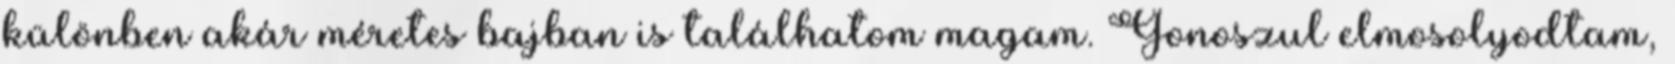
különben akár méretes bajban is találhatom magam. Gonoszul elmosolyodtam,